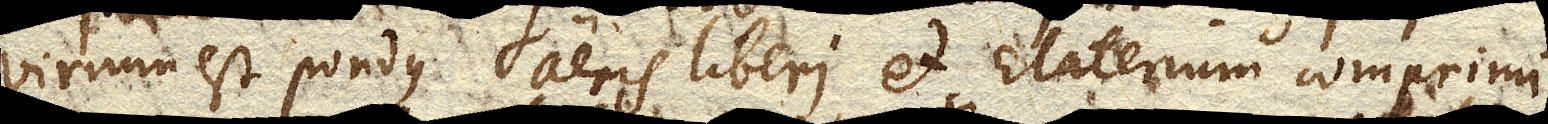
virium est pondus aeris liberi et Elaterium comprimi